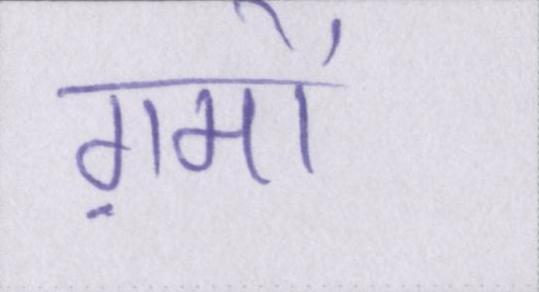
ग़मों